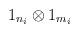
LaTeX: \begin{align*}1_{n_{i}}\otimes 1_{m_{i}}\end{align*}